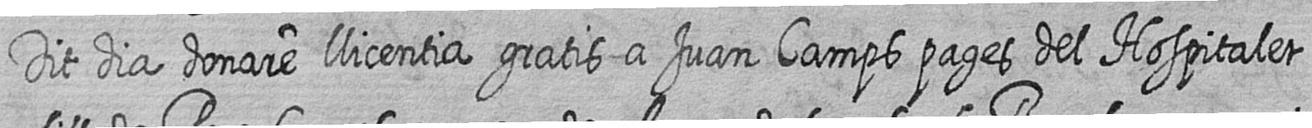
Dit dia donare llicentia gratis a Juan Camps pages del Hospitalet